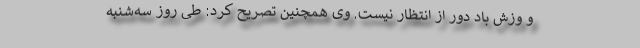
و وزش باد دور از انتظار نیست. وی همچنین تصریح کرد: طی روز سه‌شنبه